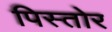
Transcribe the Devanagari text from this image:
पिस्तोर